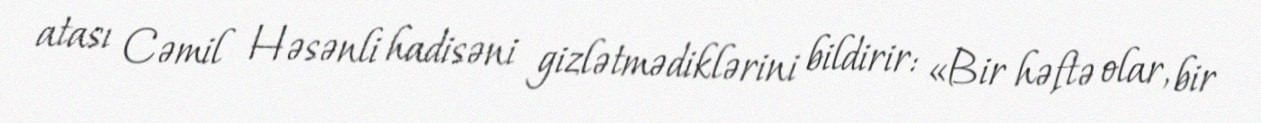
atası Cəmil Həsənli hadisəni gizlətmədiklərini bildirir: «Bir həftə olar, bir